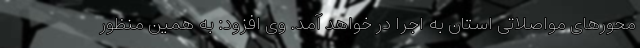
محورهای مواصلاتی استان به اجرا در خواهد آمد. وی افزود: به همین منظور